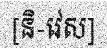
[និ-វេស]